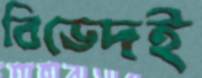
বিভেদই